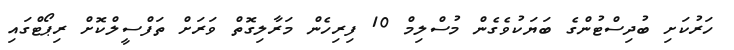
ހަރުކަށި ބުދިސްޓުންގެ ބަޔަކުވެގެން މުސްލިމް 10 ފިރިހެން މަރާލިގޮތް ވަރަށް ތަފްސީލްކޮށް ރިޕޯޓްގައި